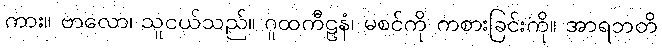
ကား။ ဗာလော၊ သူငယ်သည်။ ဂူထကီဠနံ၊ မစင်ကို ကစားခြင်းကို။ အာရဘတိ